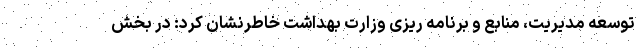
توسعه مدیریت، منابع و برنامه ریزی وزارت بهداشت خاطرنشان کرد: در بخش